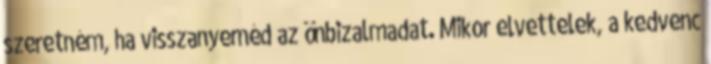
szeretném, ha visszanyernéd az önbizalmadat. Mikor elvettelek, a kedvenc